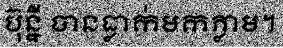
ប៊ុន្នី បានធ្លាក់មកភ្លាម។